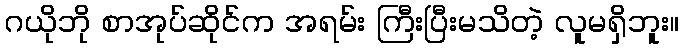
ဂယိုဘို စာအုပ်ဆိုင်က အရမ်း ကြီးပြီးမသိတဲ့ လူမရှိဘူး။